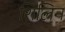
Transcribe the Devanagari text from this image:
शिलिन